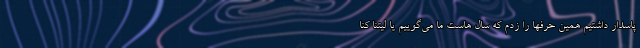
پاسدار داشتیم همین حرفها را زدم که سال هاست ما می‌گوییم یا لیتنا کنا